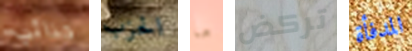
حذائي الحزب ما تركض المدفأة